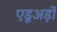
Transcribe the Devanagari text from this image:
एडूअर्ड़ो